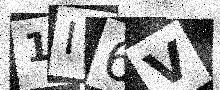
Text: 1I6V